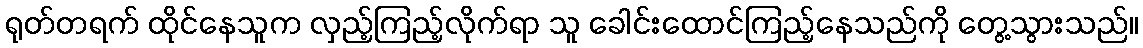
ရုတ်တရက် ထိုင်နေသူက လှည့်ကြည့်လိုက်ရာ သူ ခေါင်းထောင်ကြည့်နေသည်ကို တွေ့သွားသည်။